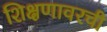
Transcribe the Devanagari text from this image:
शिक्षणावरची